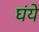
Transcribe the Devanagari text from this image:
घंये